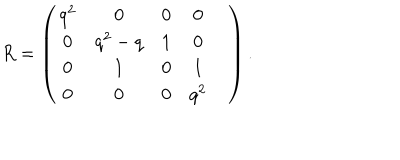
R = \left( \begin{matrix} { { q ^ { 2 } } } & { { 0 } } & { { 0 } } & { { 0 } } & { { } } \\ { { 0 } } & { { q ^ { 2 } - q } } & { { 1 } } & { { 0 } } & { { } } \\ { { 0 } } & { { 1 } } & { { 0 } } & { { 1 } } & { { } } \\ { { 0 } } & { { 0 } } & { { 0 } } & { { q ^ { 2 } } } & { { } } \\ \end{matrix} \right) .